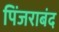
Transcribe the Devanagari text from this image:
पिंजराबंद